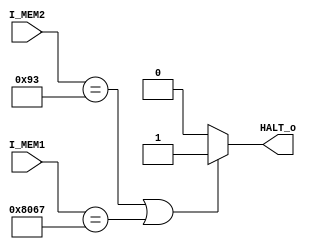
module HALT (
    input  wire [31:0]I_MEM1,
    input  wire [31:0]I_MEM2,
    output reg HALT_o
);

always @(*) begin
    if(I_MEM2==16'hc0093||I_MEM1==16'h8067)
        HALT_o=1;
    else
        HALT_o=0;
end



endmodule